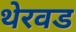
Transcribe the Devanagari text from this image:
थेरवड